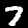
Digit: 7